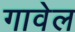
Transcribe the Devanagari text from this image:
गावेल